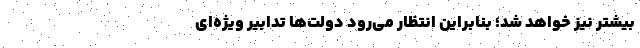
بیشتر نیز خواهد شد؛ بنابراین انتظار می‌رود دولت‌ها تدابیر ویژه‌ای